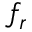
f _ { r }